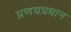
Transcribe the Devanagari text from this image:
प्रणयप्रधान